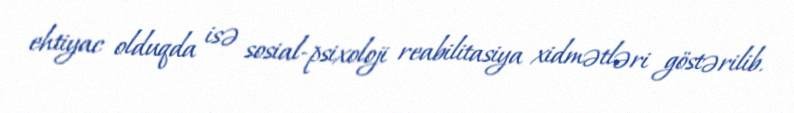
ehtiyac olduqda isə sosial-psixoloji reabilitasiya xidmətləri göstərilib.